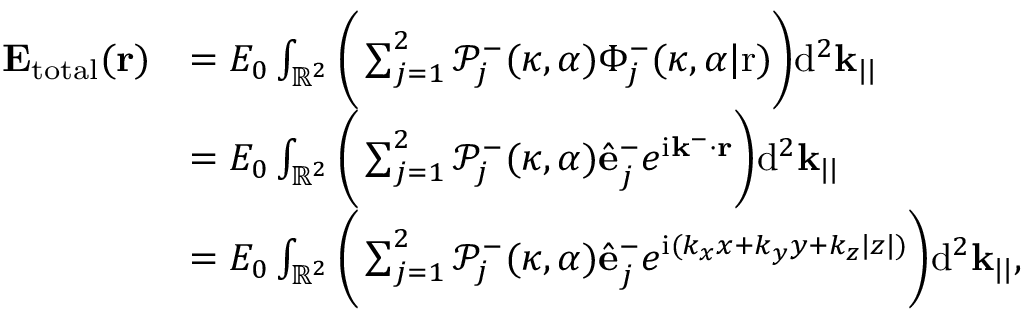
\begin{array} { r l } { \mathbf { E _ { \mathrm { t o t a l } } } ( \mathbf { r } ) } & { = E _ { 0 } \int _ { \mathbb { R } ^ { 2 } } \bigg ( \sum _ { j = 1 } ^ { 2 } \mathcal { P } _ { j } ^ { - } ( \kappa , \alpha ) \Phi _ { j } ^ { - } ( \kappa , \alpha | \mathrm { r } ) \bigg ) \mathrm { d } ^ { 2 } \mathbf { k } _ { | | } } \\ & { = E _ { 0 } \int _ { \mathbb { R } ^ { 2 } } \bigg ( \sum _ { j = 1 } ^ { 2 } \mathcal { P } _ { j } ^ { - } ( \kappa , \alpha ) \hat { \mathbf { e } } _ { j } ^ { - } e ^ { \mathrm { i } \mathbf { k } ^ { - } \cdot \mathbf { r } } \bigg ) \mathrm { d } ^ { 2 } \mathbf { k } _ { | | } } \\ & { = E _ { 0 } \int _ { \mathbb { R } ^ { 2 } } \bigg ( \sum _ { j = 1 } ^ { 2 } \mathcal { P } _ { j } ^ { - } ( \kappa , \alpha ) \hat { \mathbf { e } } _ { j } ^ { - } e ^ { \mathrm { i } ( k _ { x } x + k _ { y } y + k _ { z } | z | ) } \bigg ) \mathrm { d } ^ { 2 } \mathbf { k } _ { | | } , } \end{array}